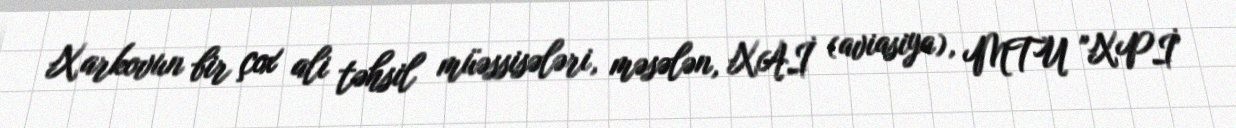
Xarkovun bir çox ali təhsil müəssisələri, məsələn, XAİ (aviasiya), MTU "XPİ"